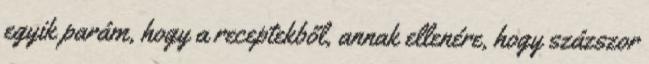
egyik parám, hogy a receptekből, annak ellenére, hogy százszor